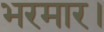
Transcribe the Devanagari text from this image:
भरमार।